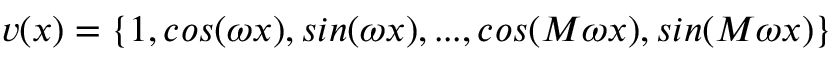
\begin{array} { r } { v ( x ) = \{ 1 , c o s ( \omega x ) , s i n ( \omega x ) , . . . , c o s ( M \omega x ) , s i n ( M \omega x ) \} } \end{array}